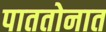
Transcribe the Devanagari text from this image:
पाततोनात